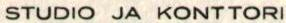
STUDIO JA KONTTORI